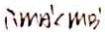
\therefore M A ^ { \prime } < M B ^ { \prime }